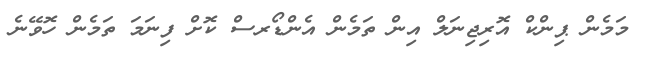
މަމެން ޕިންކް އޮރިޖިނަލް އިން ތަމެން އެެންޑޯރސް ކޮށް ފިނަމަ ތަމެން ހޮވޭނެ